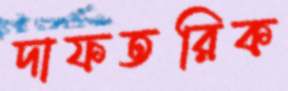
দাফতরিক